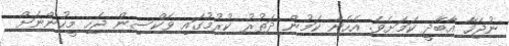
ނުޖަހާ އާބާދީ ކަމަށެވެ. އެހެން ކަމުން ދަތުރު ކުރުމުގައި ވެކްސިން ޖެހި މީހުންނަށް